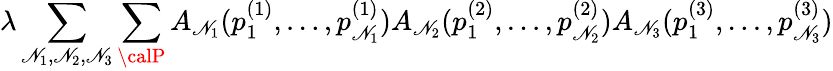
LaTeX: \lambda\sum_{\mathscr{N}_{1},\mathscr{N}_{2},\mathscr{N}_{3}}\sum_{\calP}A_{\mathscr{N}_{1}}(p_{1}^{(1)},\ldots,p_{\mathscr{N}_{1}}^{(1)})A_{\mathscr{N}_{2}}(p_{1}^{(2)},\ldots,p_{\mathscr{N}_{2}}^{(2)})A_{\mathscr{N}_{3}}(p_{1}^{(3)},\ldots,p_{\mathscr{N}_{3}}^{(3)})